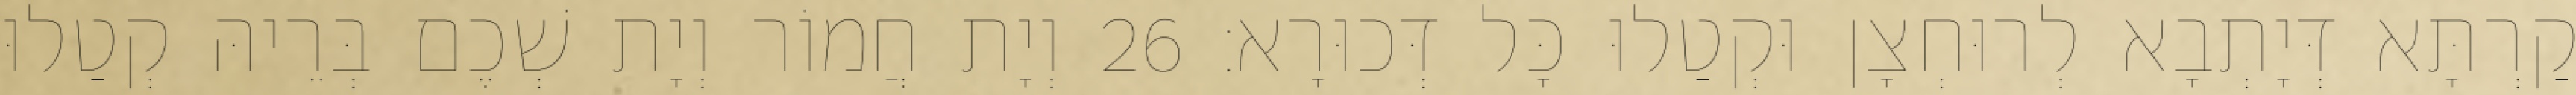
קַרְתָּא דְּיָתְבָא לְרוּחְצָן וּקְטַלוּ כָּל דְּכוּרָא׃ 26 וְיָת חֲמוֹר וְיָת שְׁכֶם בְּרֵיהּ קְטַלוּ